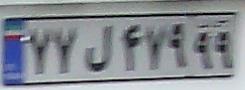
۷۷ل۴۷۹۹۹